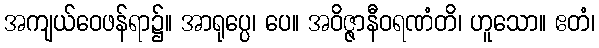
အကျယ်ဝေဖန်ရာ၌။ အာရုပ္ပေ၊ ပေ။ အဝိဇ္ဇာနီဝရဏံတိ၊ ဟူသော။ ဧတံ၊